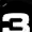
Digit: 3